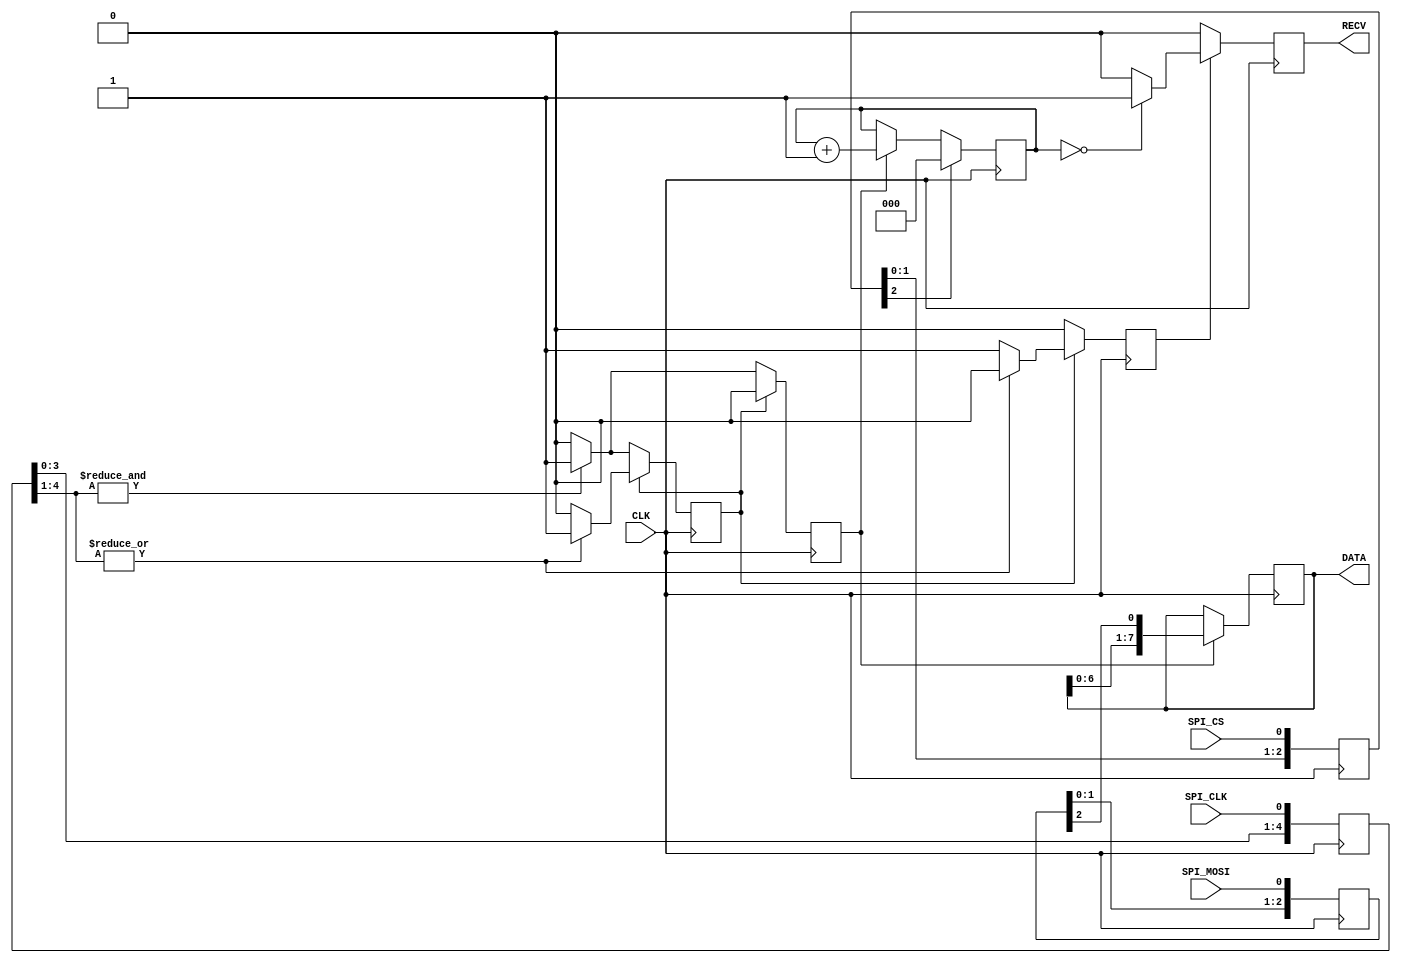
`default_nettype none

// a SPI slave device
module spi_slave(
    input CLK,            // system clock
    input SPI_CLK,        // spi clock
    input SPI_MOSI,       // spi mosi
    input SPI_CS,         // spi chip select
    output [7:0] DATA,    // data out
    output RECV           // data received
    );

  localparam NBITS = 4;

  reg [NBITS:0] sclk;
  reg [NBITS:0] smosi;
  reg [NBITS:0] scs;

  reg [7:0] sr;           // internal shift register
  reg [2:0] count;        // bit count
  reg avail;              // data available

  assign RECV = avail;
  assign DATA = sr;

  wire selected  = !scs[2];

  always @(posedge CLK) begin
    sclk  <= {  sclk[NBITS-1:0], SPI_CLK  };
    smosi <= { smosi[NBITS-1:0], SPI_MOSI };
    scs   <= {   scs[NBITS-1:0], SPI_CS   };
  end

  // clock filter
  reg clk_state;
  reg clk_rise;
  reg clk_fall;
  always @(posedge CLK) begin
    clk_rise <= 0;
    clk_fall <= 0;
    if (clk_state) begin
      if (~|sclk[NBITS:1]) begin
        clk_state <= 0;
        clk_fall  <= 1;
      end
    end else begin
      if (&sclk[NBITS:1]) begin
        clk_state <= 1;
        clk_rise  <= 1;
      end
    end
  end

  always @(posedge CLK) begin
    if (clk_rise) begin                // spi clock goes high
      sr <= { sr[6:0], smosi[2] };     // shift data in
    end
  end

  always @(posedge CLK) begin
    avail <= 0;
    if (clk_fall) begin                // spi clock goes low
      if (count == 0) begin            // if 8 bits shifted in
        avail <= 1;
      end
    end
  end

  always @(posedge CLK) begin
    if (selected) begin                // cs is low
      if (clk_rise) begin              // spi clock goes high
        count <= count + 'd1;
      end
    end else begin
      count <= 0;                      // reset counter
    end
  end
endmodule